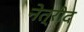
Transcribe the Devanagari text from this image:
नेत्रीद